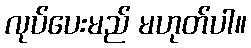
လုပ်ပေးမည် မဟုတ်ပါ။